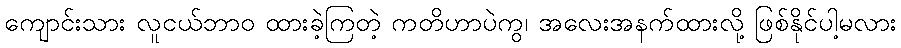
ကျောင်းသား လူငယ်ဘာဝ ထားခဲ့ကြတဲ့ ကတိဟာပဲကွ၊ အလေးအနက်ထားလို့ ဖြစ်နိုင်ပါ့မလား